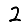
Digit: 2